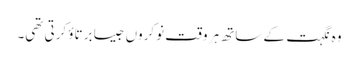
وہ نگہت کے ساتھ ہر وقت نوکروں جیسا برتاؤ کرتی تھی۔